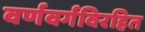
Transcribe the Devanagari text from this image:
वर्णवर्गविरहित